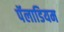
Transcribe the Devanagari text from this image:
पॅलाडियम